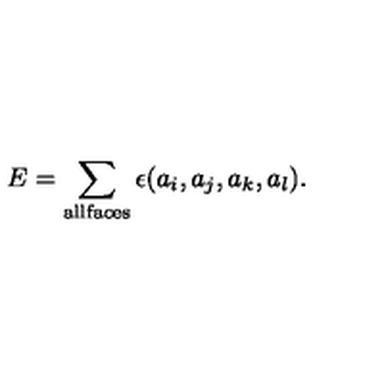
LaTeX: E = \sum _ { \mathrm { a l l f a c e s } } \epsilon ( a _ { i } , a _ { j } , a _ { k } , a _ { l } ) .